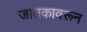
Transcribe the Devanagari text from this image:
जातकावरून